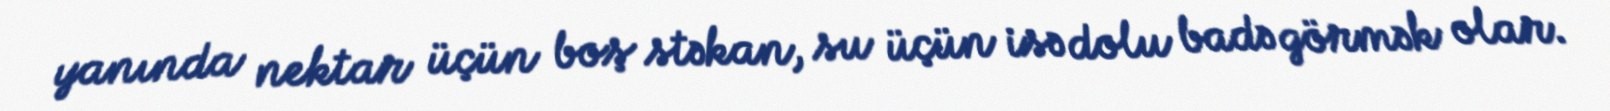
yanında nektar üçün boş stəkan, su üçün isə dolu badə görmək olar.